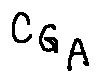
C _ { G _ { A } }